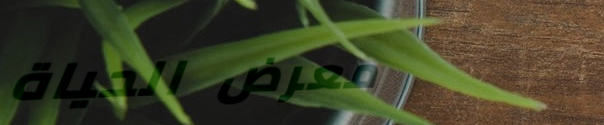
معرض الحياة